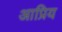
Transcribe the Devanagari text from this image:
आप्रिय